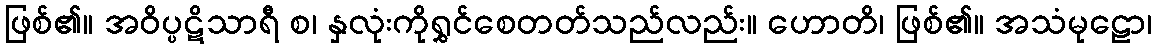
ဖြစ်၏။ အဝိပ္ပဋိသာရီ စ၊ နှလုံးကိုရွှင်စေတတ်သည်လည်း။ ဟောတိ၊ ဖြစ်၏။ အသံမုဠော၊